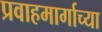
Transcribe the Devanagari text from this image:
प्रवाहमार्गाच्या